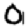
Digit: 0